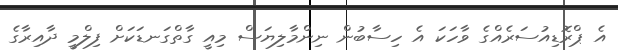
އެ ޕްރޮޑިއުސަރެއްގެ ވާހަކަ އެ ހިސާބުން ނިންމާލިޔަސް މިއީ ގާތްގަނޑަކަށް ފިލްމީ ދާއިރާގެ